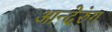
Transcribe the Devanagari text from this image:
आन्देरुंग